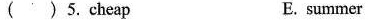
( ) 5.Cheap E. summer